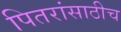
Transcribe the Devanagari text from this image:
पितरांसाठीच